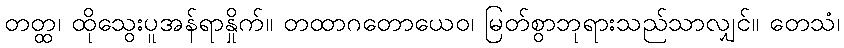
တတ္ထ၊ ထိုသွေးပူအန်ရာနှိုက်။ တထာဂတောယေဝ၊ မြတ်စွာဘုရားသည်သာလျှင်။ တေသံ၊